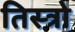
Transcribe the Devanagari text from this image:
तिस्त्रो